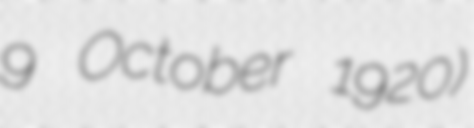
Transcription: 9 October 1920)